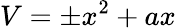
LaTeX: V=\pm x^{2}+ax